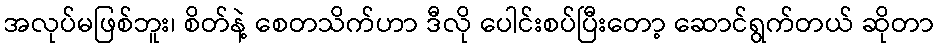
အလုပ်မဖြစ်ဘူး၊ စိတ်နဲ့ စေတသိက်ဟာ ဒီလို ပေါင်းစပ်ပြီးတော့ ဆောင်ရွက်တယ် ဆိုတာ